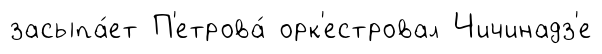
засыпа́ет П'етрова́ орк'естровал Чичинадз'е